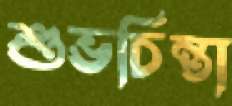
শুভচিন্তা